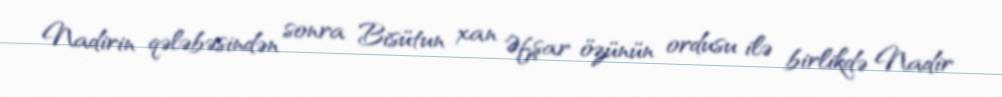
Nadirin qələbəsindən sonra Bisütun xan Əfşar özünün ordusu ilə birlikdə Nadir